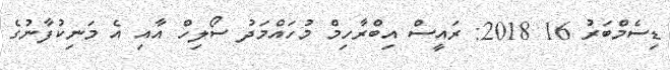
ޑިސެމްބަރު 16 2018: ރައީސް އިބްރާހިމް މުހައްމަދު ސޯލިހް އާއި އެ މަނިކުފާނުގެ